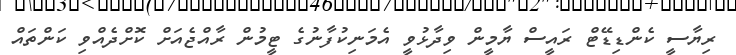
ރިޔާސީ ކެންޑިޑޭޓް ރައީސް ޔާމީން ވިދާޅުވީ އެމަނިކުފާނުގެ ޓީމުން ރާއްޖެއަށް ކޮށްދެއްވި ކަންތައް